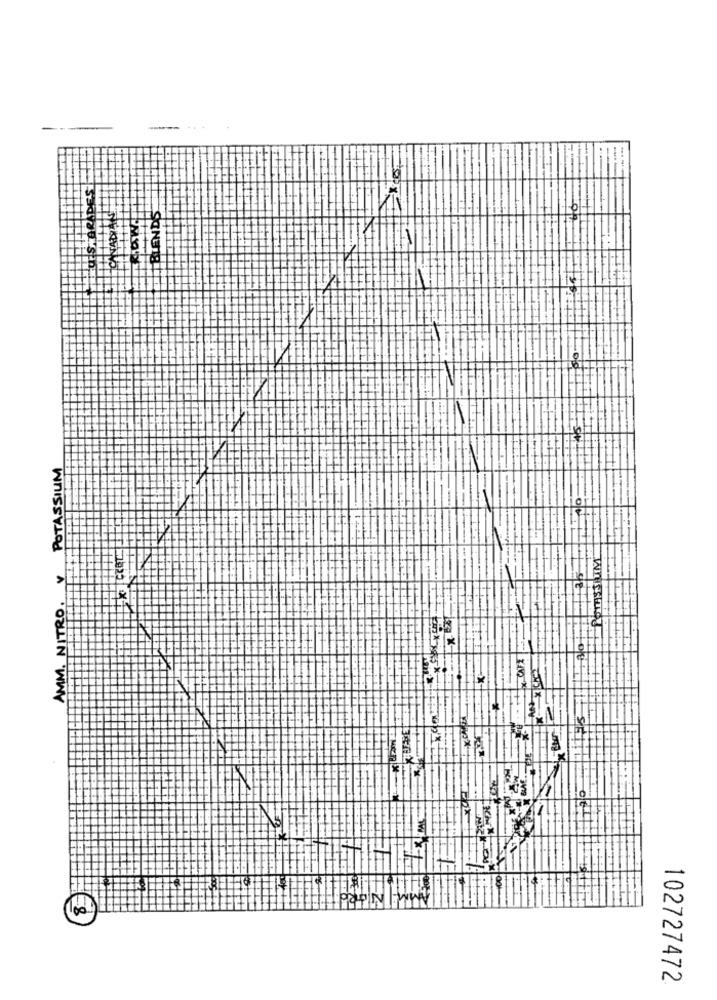
BLEND'S
POTASSIUM
POTASSIUM
AMM. NITRO.
30
POPIN
102727472